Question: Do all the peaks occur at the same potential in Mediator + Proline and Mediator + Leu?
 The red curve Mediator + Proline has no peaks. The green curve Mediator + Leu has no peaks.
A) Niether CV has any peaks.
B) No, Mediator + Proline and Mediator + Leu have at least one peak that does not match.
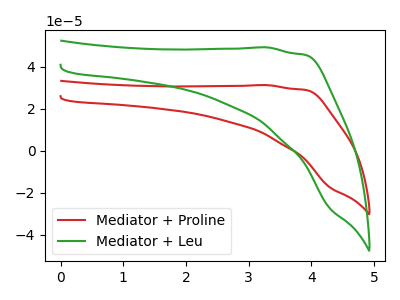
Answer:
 <answer>A) Niether CV has any peaks.</answer>
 <eval>A</eval>